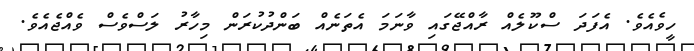
ހީވެއެވެ. އެފަދަ ސްކޫލެއް ރާއްޖޭގައި ވާނަމަ އެތަނެއް ބަންދުކުރަން މިހާރު ލަސްވެސް ވެއްޖެއެވެ.